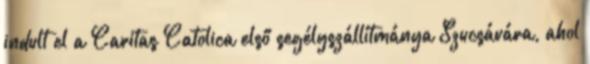
indult el a Caritas Catolica első segélyszállítmánya Szucsávára, ahol